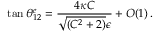
\tan \theta _ { 1 2 } ^ { e } = \frac { 4 \kappa C } { \sqrt { ( C ^ { 2 } + 2 ) } \epsilon } + O ( 1 ) \, .